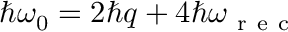
\hbar \omega _ { 0 } = 2 \hbar q + 4 \hbar \omega _ { \mathrm { ~ r ~ e ~ c ~ } }